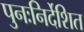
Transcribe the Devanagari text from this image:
पुनःनिर्देशित